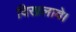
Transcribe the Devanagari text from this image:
दिखलावे।